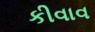
કીવાવ